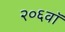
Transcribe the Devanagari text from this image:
२०६वॉ